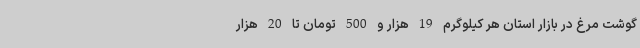
گوشت مرغ در بازار استان هر کیلوگرم 19 هزار و 500 تومان تا 20 هزار